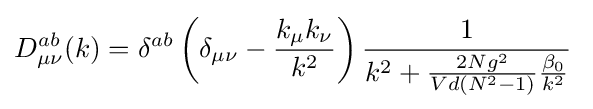
D_{\mu \nu }^{ab}(k)=\delta ^{ab}\left(\delta _{\mu \nu }-{\frac {k_{\mu }k_{\nu }}{k^{2}}}\right){\frac {1}{k^{2}+{\frac {2Ng^{2}}{Vd(N^{2}-1)}}{\frac {\beta _{0}}{k^{2}}}}}\;